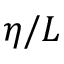
\eta / L